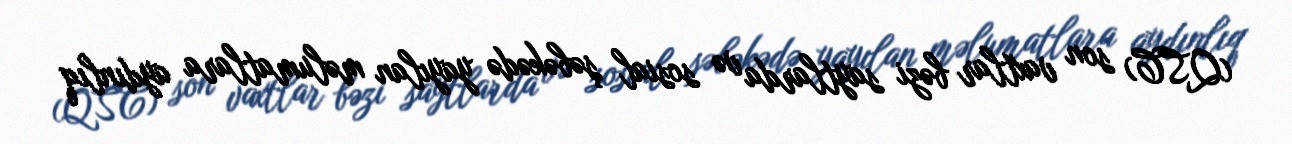
(QSC) son vaxtlar bəzi saytlarda və sosial şəbəkədə yayılan məlumatlara aydınlıq